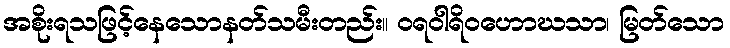
အစိုးရသဖြင့်နေသောနတ်သမီးတည်း။ ဝရဝါရိဝဟောဃသာ၊ မြတ်သော